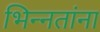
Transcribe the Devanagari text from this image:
भिन्नतांना